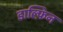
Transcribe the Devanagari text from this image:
डाल्फ़िन